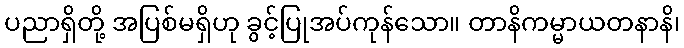
ပညာရှိတို့ အပြစ်မရှိဟု ခွင့်ပြုအပ်ကုန်သော။ တာနိကမ္မာယတနာနိ၊